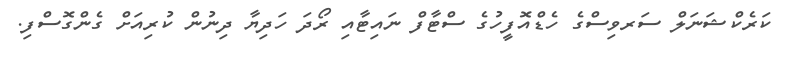
ކަރެކްޝަނަލް ސަރވިސްގެ ހެޑްއޮފީހުގެ ސްޓާފް ނައިޓާއި ރޯދަ ހަދިޔާ ދިނުން ކުރިއަށް ގެންގޮސްފި.